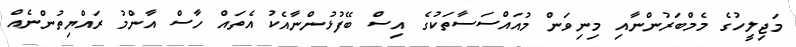
މަޖިލީހުގެ މެމްބަރުންނާއި މިނިވަން މުއައްސަސާތަކުގެ އިސް ބޭފުޅުންނާއެކު އެތައް ހާސް އާންމު ރައްޔިތުންނެއް